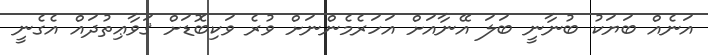
އަނެއް ބަޔަކު ބުނާނީ ބަލަ އޭނާއަށް އަހަރެމެންނަށް ވުރެ ވަކިބޮޑަށް ޤަވާޢިތުދައް އެގެނީ